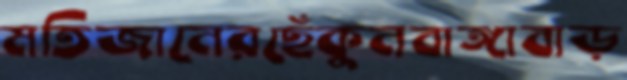
মতিজানেরছেঁকুনবাঙ্গাবাড়